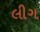
લીગ